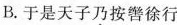
B.于是天子乃按髻徐行